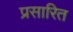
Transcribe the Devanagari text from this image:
प्रसारित